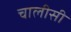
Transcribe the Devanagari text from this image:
चालीसी